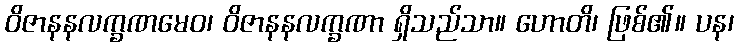
ဝိဇာနနလက္ခဏမေဝ၊ ဝိဇာနနလက္ခဏာ ရှိသည်သာ။ ဟောတိ၊ ဖြစ်၏။ ပန၊